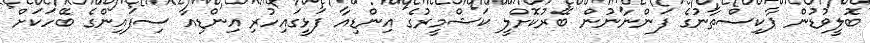
ބޮލީވުޑުން ޕާކިސްތާނުގެ ފަންނާނުން ބޭރުކޮށްލީ ކަޝްމީރުގެ އިންޑިއާ ފަޅީގައިހުރި އިންޑިއާ ސިފައިންގެ ބޭހަކަށް